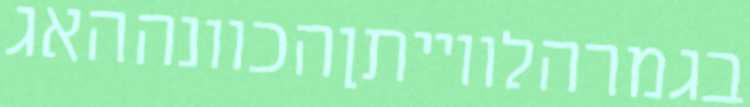
בגמרהלווייתןהכוונההאג